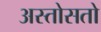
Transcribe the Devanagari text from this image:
अस्तोसतो